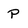
Character: P